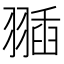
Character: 𦑣